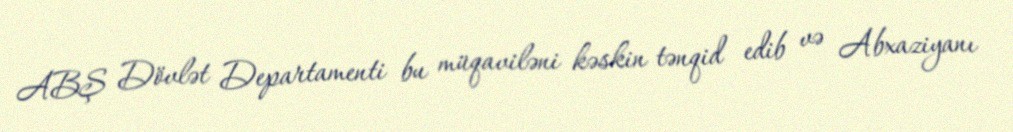
ABŞ Dövlət Departamenti bu müqaviləni kəskin tənqid edib və Abxaziyanı